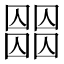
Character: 𡈶